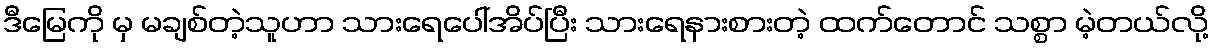
ဒီမြေကို မှ မချစ်တဲ့သူဟာ သားရေပေါ်အိပ်ပြီး သားရေနားစားတဲ့ ထက်တောင် သစ္စာ မဲ့တယ်လို့